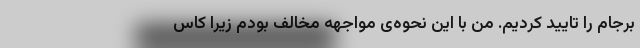
برجام را تایید کردیم. من با این نحوه‌ی مواجهه مخالف بودم زیرا کاس